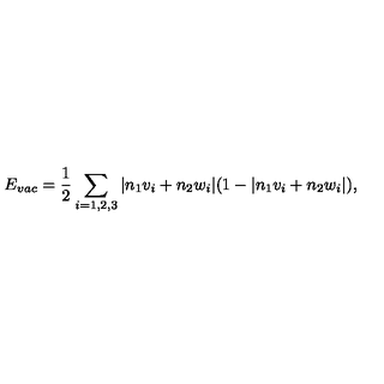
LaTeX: E _ { v a c } = \frac { 1 } { 2 } \sum _ { i = 1 , 2 , 3 } | n _ { 1 } v _ { i } + n _ { 2 } w _ { i } | ( 1 - | n _ { 1 } v _ { i } + n _ { 2 } w _ { i } | ) ,